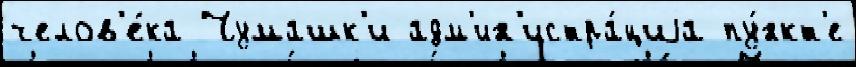
челов'е́ка Чумашк'и адм'ин'истра́циjа пу́нкт'е